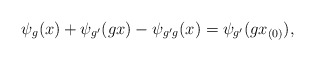
\begin{align*}\psi_g(x) + \psi_{g'}(gx) - \psi_{g'g}(x) = \psi_{g'}(g x_{(0)}),\end{align*}